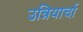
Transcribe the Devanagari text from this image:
उन्नियार्चा